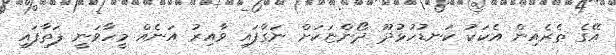
އޭގެ ތެރެއިން އެކަކު ކަނޑުހުޅުދޫ ދޯންޏަކަށް ނަގާފައި ވާއިރު އަނެއް މީހާވަނީ ފަތާފައި